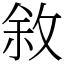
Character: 敘